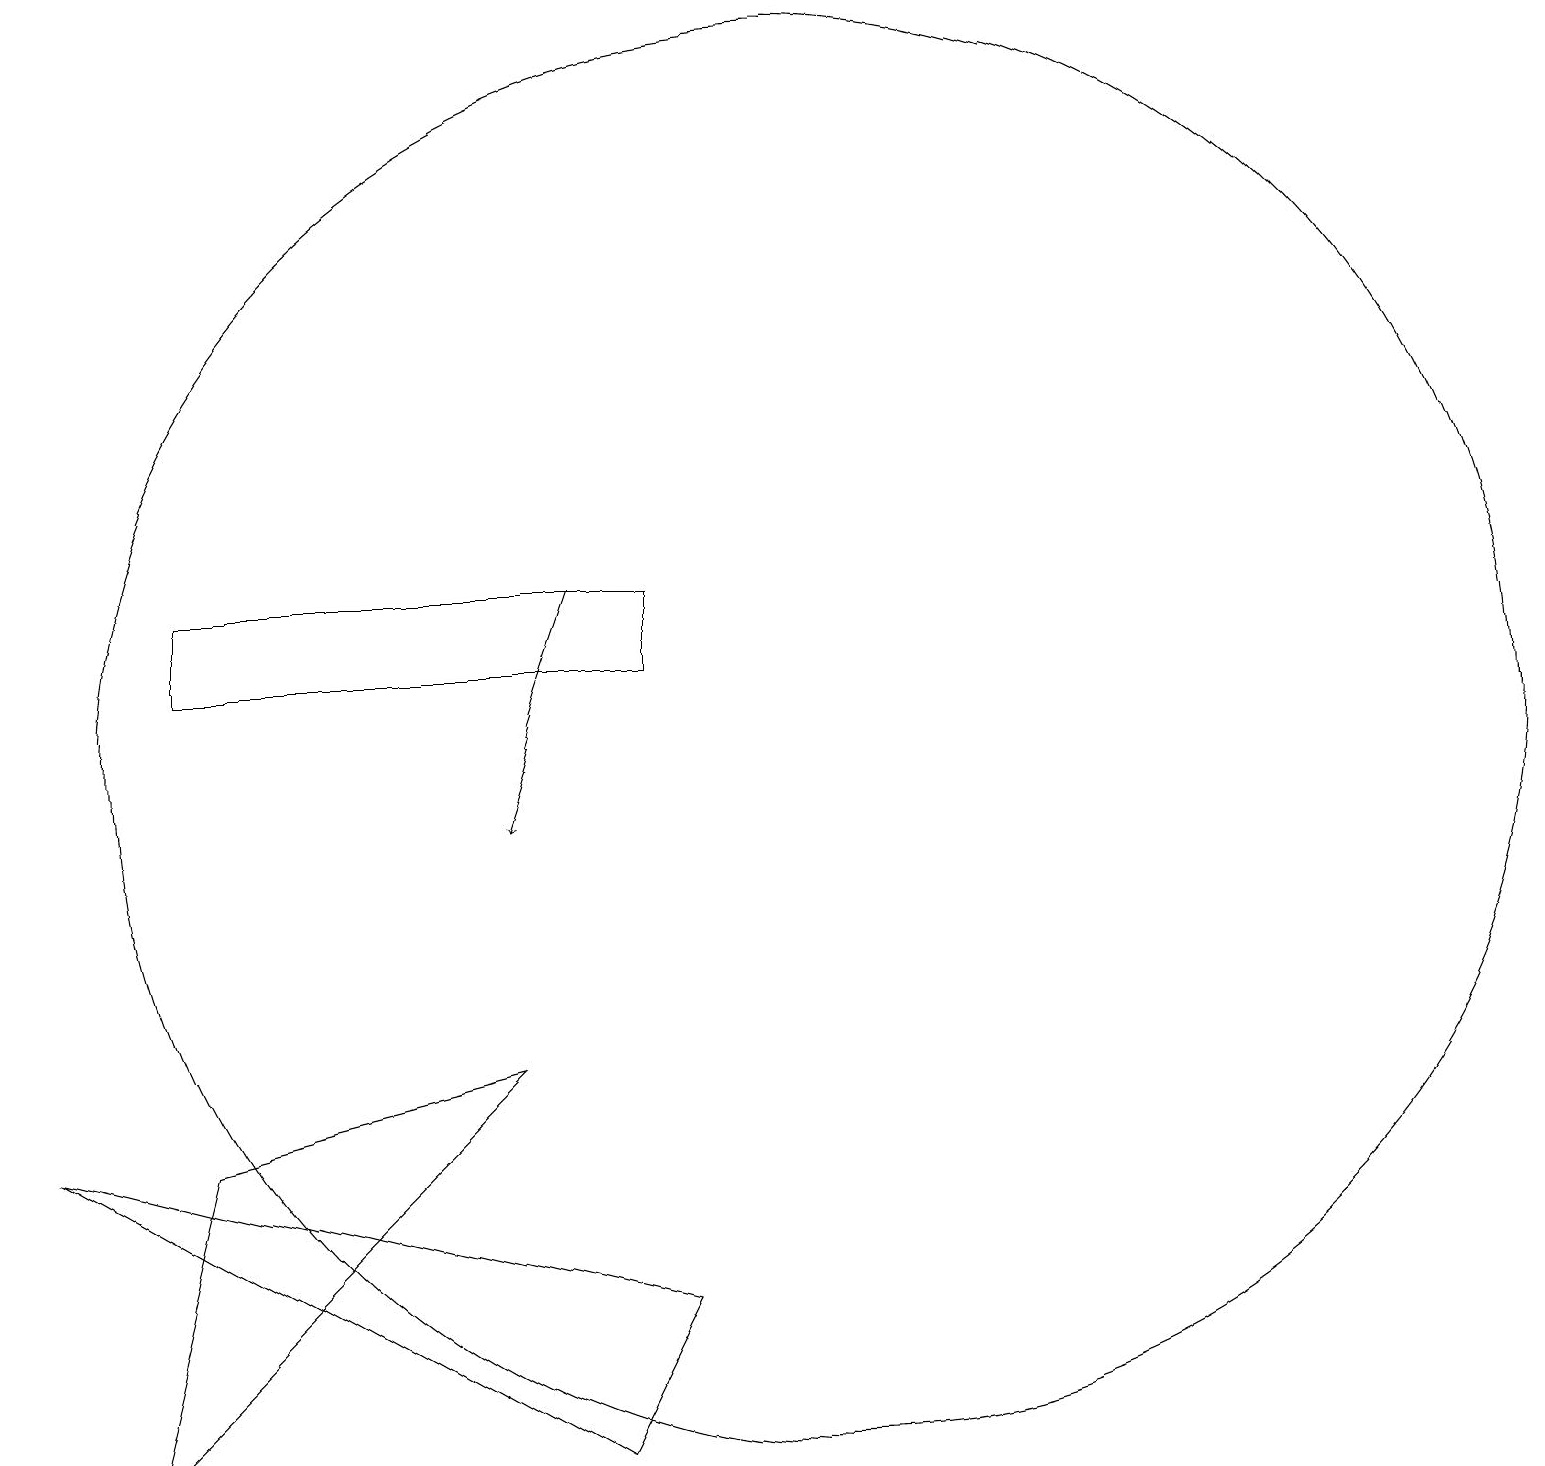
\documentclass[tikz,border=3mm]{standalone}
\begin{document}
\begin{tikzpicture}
\draw (1,7) -- (8,3) -- (9,5) -- cycle;
\draw (9,13) rectangle (3,14);
\draw (3,7) -- (7,8) -- (2,3) -- cycle;
\draw[->] (8,14) -- (7,11);
\draw (11,12) circle (9);
\draw (11,10) circle (0);
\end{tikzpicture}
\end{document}